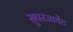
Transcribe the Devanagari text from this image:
सुपरजायेंट